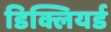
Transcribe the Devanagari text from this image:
डिक्लियर्ड